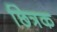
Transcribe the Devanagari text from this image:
छित्रक